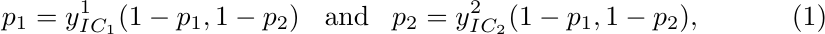
\begin{align}\label{eq:BP}
    p_1=y^1_{IC_1}(1-p_1,1-p_2)\;\;\ \text{and} \;\;\; p_2=y^2_{IC_2}(1-p_1,1-p_2),
\end{align}